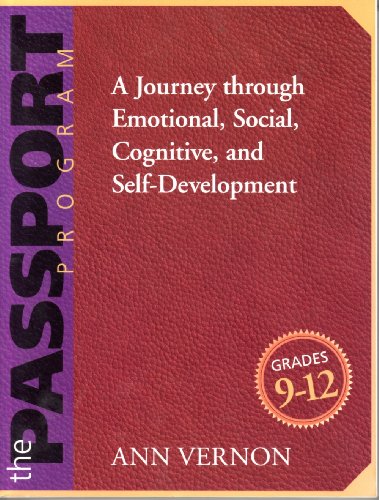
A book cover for The PASSPORT Program: A Journey through Emotional, Social, Cognitive, and Self-Development/Grades 9-12; Ann Vernon; Teen & Young Adult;